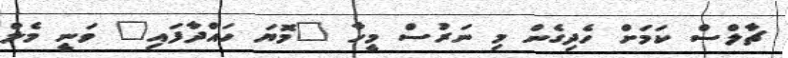
ޗާލްސް ކަމަށް ހެދިގެން މި ނަރުސް މީހާ "މޮޔަ ހައްދާފައި" ވަނީ މެލް